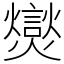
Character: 爕